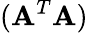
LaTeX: (\mathbf{A}^{T}\mathbf{A})